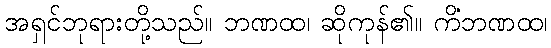
အရှင်ဘုရားတို့သည်။ ဘဏထ၊ ဆိုကုန်၏။ ကိံဘဏထ၊